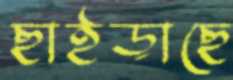
ছাইড়াছে